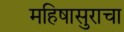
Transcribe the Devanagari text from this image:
महिषासुराचा